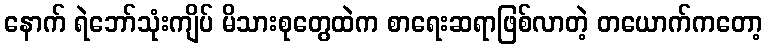
နောက် ရဲဘော်သုံးကျိပ် မိသားစုတွေထဲက စာရေးဆရာဖြစ်လာတဲ့ တယောက်ကတော့